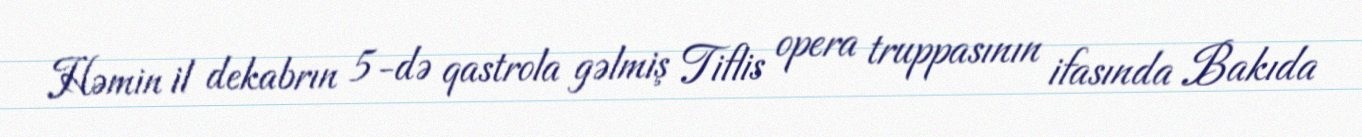
Həmin il dekabrın 5-də qastrola gəlmiş Tiflis opera truppasının ifasında Bakıda